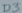
Text: D3